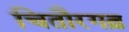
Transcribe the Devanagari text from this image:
चितौरगढ़